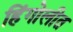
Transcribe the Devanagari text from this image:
हिंगोलीत